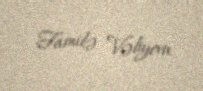
Familə Vəliyeva